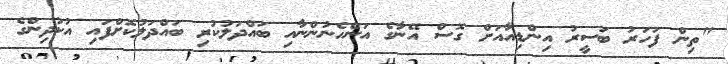
"ތިން ފަހަރު ބަސީރު އިންޑިއާއަށް ގޮސް އޭނާގެ އަންހެނުންނާއި ބައްދަލުކުރި ބައްދަލުކޮށްފައި އުކުދިންގެ